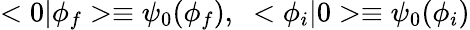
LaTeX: <0|\phi_{f}>\equiv\psi_{0}(\phi_{f}),\; \; <\phi_{i}|0>\equiv\psi_{0}(\phi_{i})